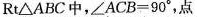
Rt△ABC中，$$∠ A C B = 9 0 °$$，点